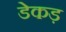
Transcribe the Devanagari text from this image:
डेकड़